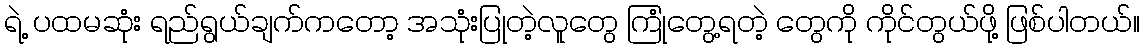
ရဲ့ ပထမဆုံး ရည်ရွယ်ချက်ကတော့ အသုံးပြုတဲ့လူတွေ ကြုံတွေ့ရတဲ့ တွေကို ကိုင်တွယ်ဖို့ ဖြစ်ပါတယ်။